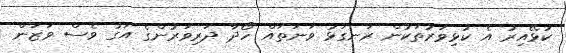
ކުޅޭއިރު އެ ކުޅިވަރުތަކުން ރަނގަޅު ވަނަތައް ހޯދާ ދަރިވަރުންގެ އަގު ވެސް ވަޒަން